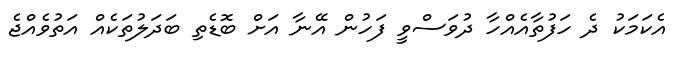
އެކަމަކު ދެ ހަފުތާއެއްހާ ދުވަސްވީ ފަހުން އޭނާ އަށް ބޮޑެތި ބަދަލުތަކެއް އަތުވެއްޖެ